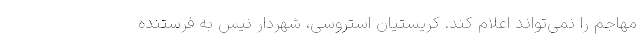
مهاجم را نمی‌تواند اعلام کند. کریستیان استروسی، شهردار نیس به فرستنده